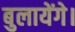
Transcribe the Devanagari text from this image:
बुलायेंगे।